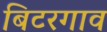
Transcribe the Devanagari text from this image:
बिटरगाव